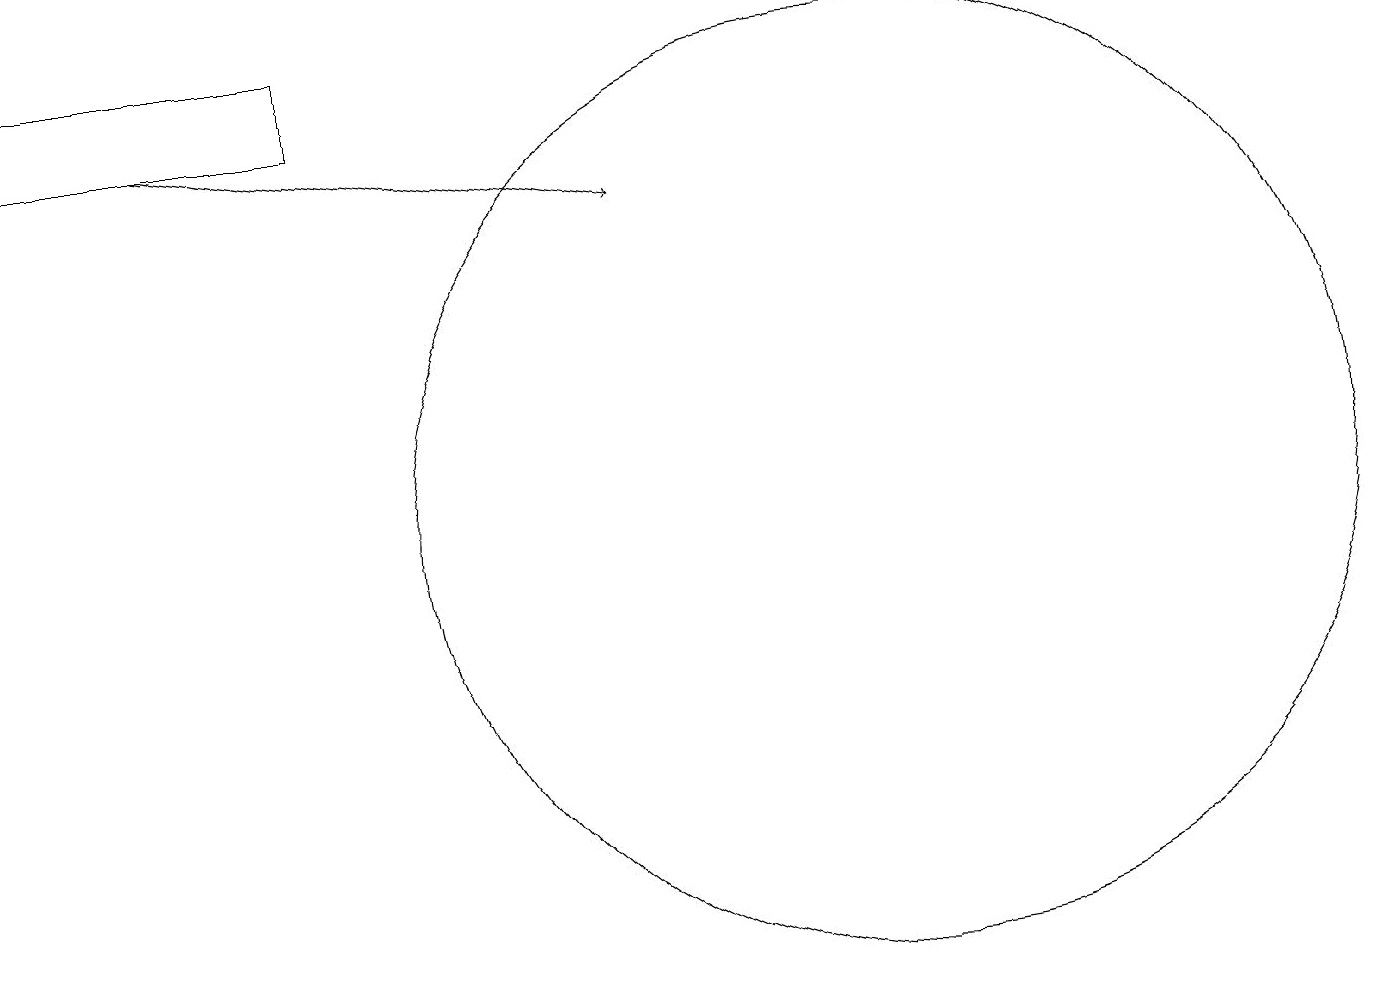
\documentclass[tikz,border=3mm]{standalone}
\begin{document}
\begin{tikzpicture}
\draw (11,12) circle (6);
\draw (0,18) rectangle (4,17);
\draw[->] (2,17) -- (8,16);
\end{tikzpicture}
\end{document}